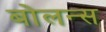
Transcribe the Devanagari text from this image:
बोलन्स